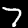
Digit: 7